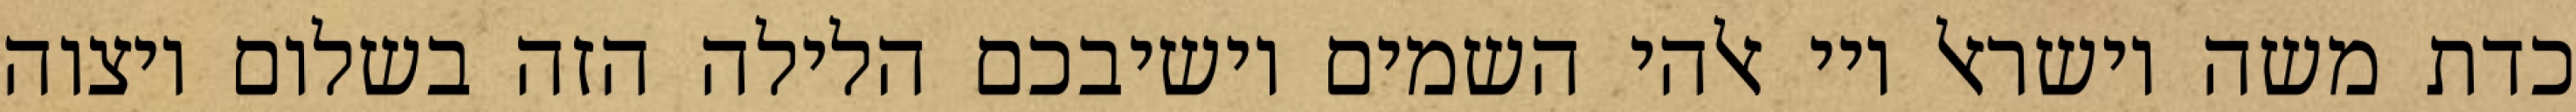
כדת משה וישראל ויי אלהי השמים יושיבכם הלילה הזה בשלום ויצוה